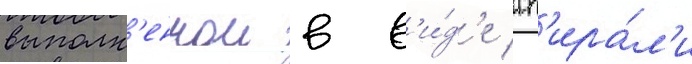
выполн'еннои в в'и́д'е сп'ира́л'и